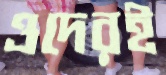
ওদেরই